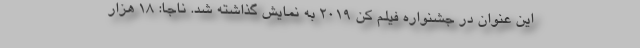
این عنوان در جشنواره فیلم کن ۲۰۱۹ به نمایش گذاشته شد. ناجا: ۱۸ هزار